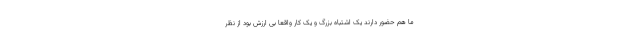
ما هم حضور دارند یک اشتباه بزرگ و یک کار واقعا بی ارزش بود از نظر